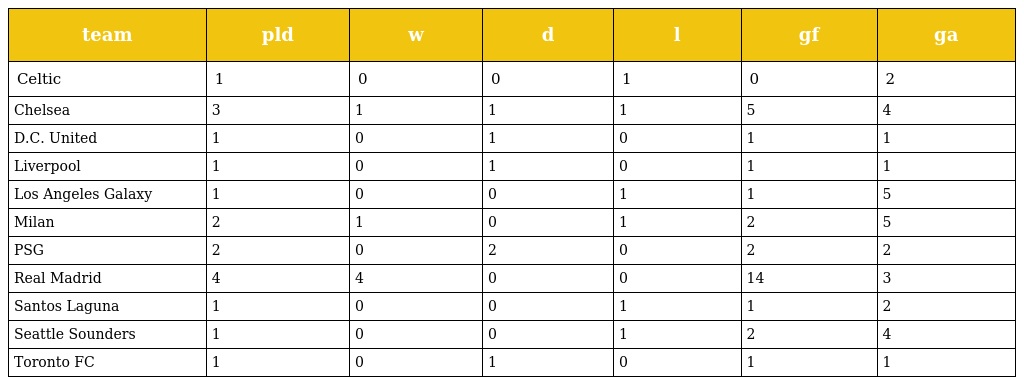
| team | pld | w | d | l | gf | ga |
 | --- | --- | --- | --- | --- | --- | --- |
 | Celtic | 1 | 0 | 0 | 1 | 0 | 2 |
 | Chelsea | 3 | 1 | 1 | 1 | 5 | 4 |
 | D.C. United | 1 | 0 | 1 | 0 | 1 | 1 |
 | Liverpool | 1 | 0 | 1 | 0 | 1 | 1 |
 | Los Angeles Galaxy | 1 | 0 | 0 | 1 | 1 | 5 |
 | Milan | 2 | 1 | 0 | 1 | 2 | 5 |
 | PSG | 2 | 0 | 2 | 0 | 2 | 2 |
 | Real Madrid | 4 | 4 | 0 | 0 | 14 | 3 |
 | Santos Laguna | 1 | 0 | 0 | 1 | 1 | 2 |
 | Seattle Sounders | 1 | 0 | 0 | 1 | 2 | 4 |
 | Toronto FC | 1 | 0 | 1 | 0 | 1 | 1 |